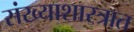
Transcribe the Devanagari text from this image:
संख्याशास्त्रात